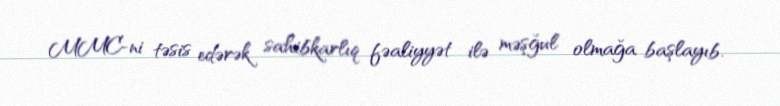
MMC-ni təsis edərək sahibkarlıq fəaliyyət ilə məşğul olmağa başlayıb.